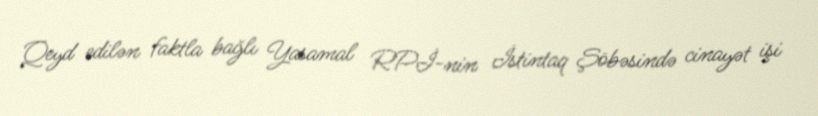
Qeyd edilən faktla bağlı Yasamal RPİ-nin İstintaq Şöbəsində cinayət işi